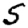
Digit: 5